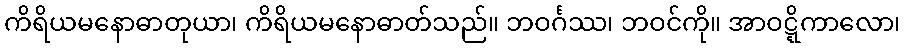
ကိရိယမနောဓာတုယာ၊ ကိရိယမနောဓာတ်သည်။ ဘဝင်္ဂဿ၊ ဘဝင်ကို။ အာဝဋ္ဋိကာလော၊